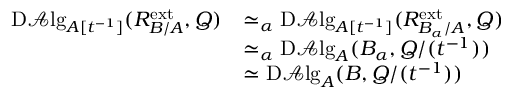
\begin{array} { r l } { \mathrm { D } \mathscr { A } \mathrm { l g } _ { A [ t ^ { - 1 } ] } ( R _ { B / A } ^ { \operatorname { e x t } } , Q ) } & { \simeq \relax _ { \alpha } \mathrm { D } \mathscr { A } \mathrm { l g } _ { A [ t ^ { - 1 } ] } ( R _ { B _ { \alpha } / A } ^ { \operatorname { e x t } } , Q ) } \\ & { \simeq \relax _ { \alpha } \mathrm { D } \mathscr { A } \mathrm { l g } _ { A } ( B _ { \alpha } , Q / ( t ^ { - 1 } ) ) } \\ & { \simeq \mathrm { D } \mathscr { A } \mathrm { l g } _ { A } ( B , Q / ( t ^ { - 1 } ) ) } \end{array}